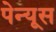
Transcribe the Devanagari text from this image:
पेन्यूस